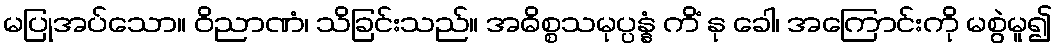
မပြုအပ်သော။ ဝိညာဏံ၊ သိခြင်းသည်။ အဓိစ္စသမုပ္ပန္နံ ကိံ နု ခေါ၊ အကြောင်းကို မစွဲမူ၍